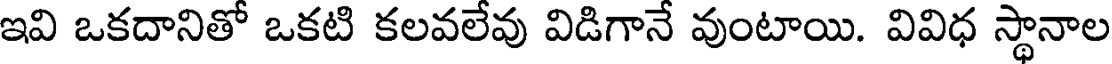
ఇవి ఒకదానితో ఒకటి కలవలేవు విడిగానే వుంటాయి. వివిధ స్థానాల